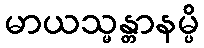
မာယသ္မန္တာနမ္ပိ